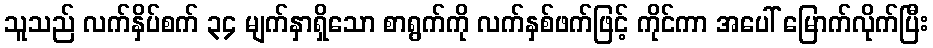
သူသည် လက်နှိပ်စက် ၃၄ မျက်နှာရှိသော စာရွက်ကို လက်နှစ်ဖက်ဖြင့် ကိုင်ကာ အပေါ် မြောက်လိုက်ပြီး